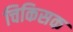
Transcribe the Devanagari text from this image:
चिकिसक